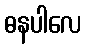
ဓနပါလေ